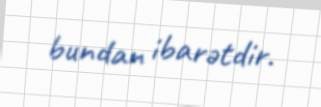
bundan ibarətdir.